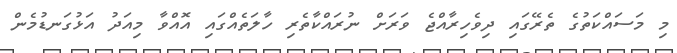
މި މަސައްކަތުގެ ތެރޭގައި ދިވެހިރާއްޖެ ވަރަށް ނުރައްކާތެރި ހާލަތެއްގައި އޮއްވާ މިއަދު އަޅުގަނޑުމެން